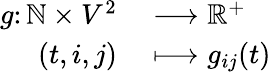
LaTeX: \begin{array}{rl}{g\colon\mathbb{N}\times V^{2}}&{{}\longrightarrow\mathbb{R}^{+}}\\ {(t,i,j)}&{{}\longmapsto g_{ij}(t)}\end{array}